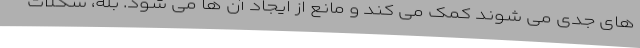
های جدی می شوند کمک می کند و مانع از ایجاد آن ها می شود. بله، شکلات